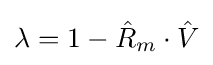
\lambda =1-{\hat {R}}_{m}\cdot {\hat {V}}